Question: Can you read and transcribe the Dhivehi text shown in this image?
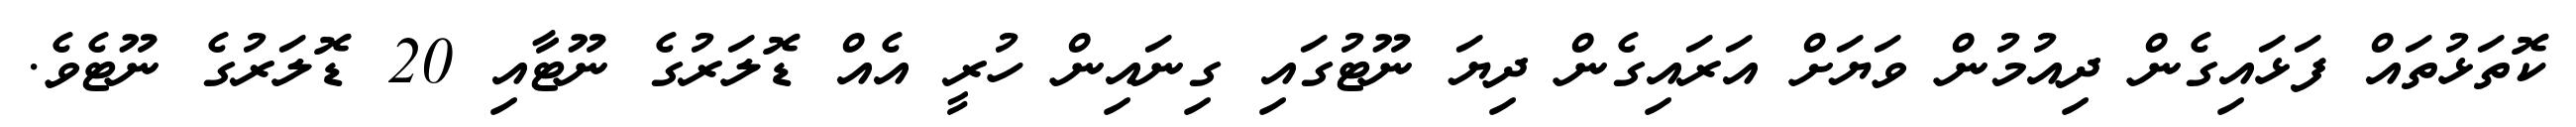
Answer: ކޮތަޅުތައް ފަޅައިގެން ދިއުމުން ވަޔަށް އަރައިގެން ދިޔަ ނޫޓުގައި ގިނައިން ހުރީ އެއް ޑޮލަރުގެ ނޫޓާއި 20 ޑޮލަރުގެ ނޫޓެވެ.